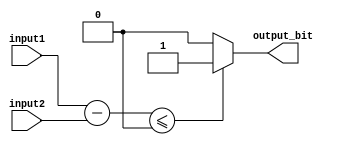
module less_than_equal_to_comparator (
    input [7:0] input1,
    input [7:0] input2,
    output output_bit
);

reg [7:0] result;

always @(*) begin
    result = input1 - input2;
    if (result <= 0) begin
        output_bit = 1;
    end else begin
        output_bit = 0;
    end
end

endmodule